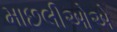
માછલીઓએ